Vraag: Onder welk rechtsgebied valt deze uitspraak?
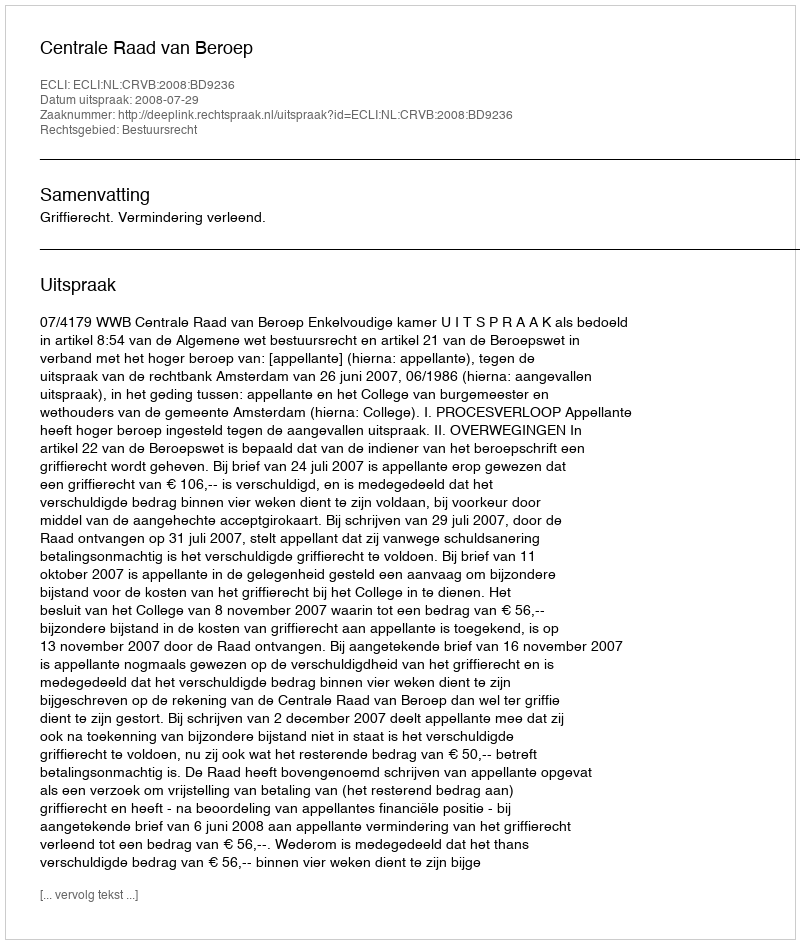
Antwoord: Bestuursrecht